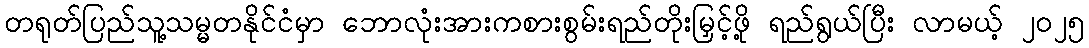
တရုတ်ပြည်သူ့သမ္မတနိုင်ငံမှာ ဘောလုံးအားကစားစွမ်းရည်တိုးမြှင့်ဖို့ ရည်ရွယ်ပြီး လာမယ့် ၂၀၂၅